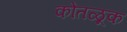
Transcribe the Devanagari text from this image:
कोतळूक